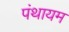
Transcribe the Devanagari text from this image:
पंथायम